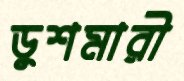
ডুশমারী